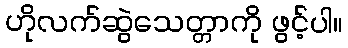
ဟိုလက်ဆွဲသေတ္တာကို ဖွင့်ပါ။